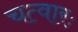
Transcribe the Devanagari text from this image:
चत्वारः